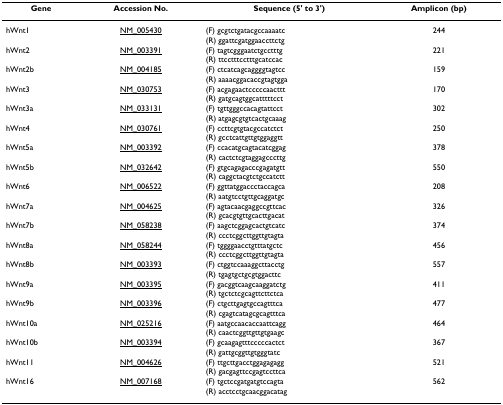
<table><thead><tr><td><b>Gene</b></td><td><b>Accession No.</b></td><td><b>Sequence (5&#x27; to 3&#x27;)</b></td><td><b>Amplicon (bp)</b></td></tr></thead><tbody><tr><td>hWnt1</td><td>NM_005430</td><td>(F) gcgtctgatacgccaaaatc(R) ggattcgatggaaccttctg</td><td>244</td></tr><tr><td>hWnt2</td><td>NM_003391</td><td>(F) tagtcgggaatctgcctttg(R) ttcctttcctttgcatccac</td><td>221</td></tr><tr><td>hWnt2b</td><td>NM_004185</td><td>(F) ctcatcagcaggggtagtcc(R) aaaacggacaccgtagtgga</td><td>159</td></tr><tr><td>hWnt3</td><td>NM_030753</td><td>(F) acgagaactcccccaacttt(R) gatgcagtggcatttttcct</td><td>170</td></tr><tr><td>hWnt3a</td><td>NM_033131</td><td>(F) tgttgggccacagtattcct(R) atgagcgtgtcactgcaaag</td><td>302</td></tr><tr><td>hWnt4</td><td>NM_030761</td><td>(F) ccttcgtgtacgccatctct(R) gcctcattgttgtggaggtt</td><td>250</td></tr><tr><td>hWnt5a</td><td>NM_003392</td><td>(F) ccacatgcagtacatcggag(R) cactctcgtaggagcccttg</td><td>378</td></tr><tr><td>hWnt5b</td><td>NM_032642</td><td>(F) gtgcagagacccgagatgtt(R) caggctacgtctgccatctt</td><td>550</td></tr><tr><td>hWnt6</td><td>NM_006522</td><td>(F) ggttatggaccctaccagca(R) aatgtcctgttgcaggatgc</td><td>208</td></tr><tr><td>hWnt7a</td><td>NM_004625</td><td>(F) agtacaacgaggccgttcac(R) gcacgtgttgcacttgacat</td><td>326</td></tr><tr><td>hWnt7b</td><td>NM_058238</td><td>(F) aagctcggagcactgtcatc(R) ccctcggcttggttgtagta</td><td>374</td></tr><tr><td>hWnt8a</td><td>NM_058244</td><td>(F) tggggaacctgtttatgctc(R) ccctcggcttggttgtagta</td><td>456</td></tr><tr><td>hWnt8b</td><td>NM_003393</td><td>(F) ctggtccaaaggcttacctg(R) tgagtgctgcgtggacttc</td><td>557</td></tr><tr><td>hWnt9a</td><td>NM_003395</td><td>(F) gacggtcaagcaaggatctg(R) tgctctcgcagttcttctca</td><td>411</td></tr><tr><td>hWnt9b</td><td>NM_003396</td><td>(F) ctgcttgagtgccagtttca(R) cgagtcatagcgcagtttca</td><td>477</td></tr><tr><td>hWnt10a</td><td>NM_025216</td><td>(F) aatgccaacaccaattcagg(R) caactcggttgttgtgaagc</td><td>464</td></tr><tr><td>hWnt10b</td><td>NM_003394</td><td>(F) gcaagagtttcccccactct(R) gattgcggttgtgggtatc</td><td>367</td></tr><tr><td>hWnt11</td><td>NM_004626</td><td>(F) ttgcttgacctggagagagg(R) gacgagttccgagtccttca</td><td>521</td></tr><tr><td>hWnt16</td><td>NM_007168</td><td>(F) tgctccgatgatgtccagta(R) acctcctgcaacggacatag</td><td>562</td></tr></tbody></table>